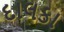
દાલકા